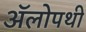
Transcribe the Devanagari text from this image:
अॅलोपथी